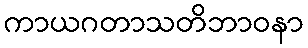
ကာယဂတာသတိဘာဝနာ